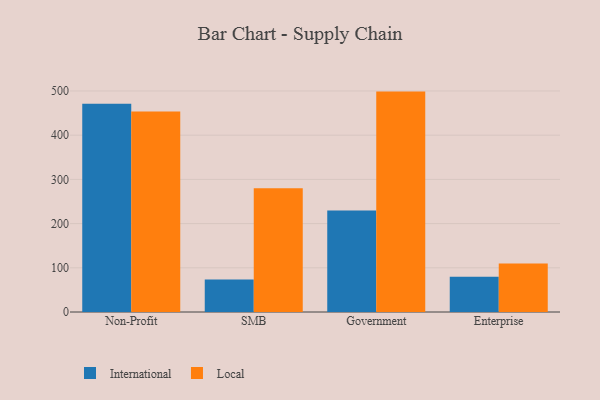
{"axis": {"x": "Segment", "y": "Budget (USD K)"}, "legend": ["International", "Local"], "data": [{"x": "Non-Profit", "y": 470.9, "type": "International"}, {"x": "Non-Profit", "y": 453.8, "type": "Local"}, {"x": "SMB", "y": 73.6, "type": "International"}, {"x": "SMB", "y": 280.2, "type": "Local"}, {"x": "Government", "y": 229.8, "type": "International"}, {"x": "Government", "y": 498.6, "type": "Local"}, {"x": "Enterprise", "y": 79.9, "type": "International"}, {"x": "Enterprise", "y": 109.6, "type": "Local"}]}